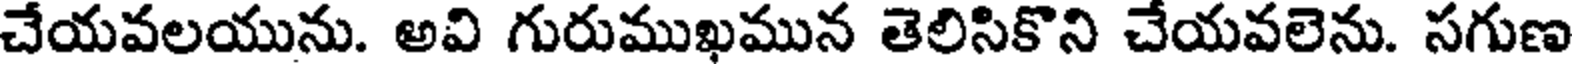
చేయవలయును. అవి గురుముఖమున తెలిసికొని చేయవలెను. సగుణ